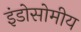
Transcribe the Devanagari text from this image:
इंडोसोमीय